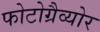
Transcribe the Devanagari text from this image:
फोटोग्रैव्योर